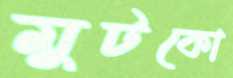
মুটকো